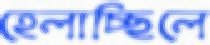
হেলাচ্ছিলে